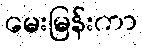
မေးမြန်းကာ